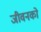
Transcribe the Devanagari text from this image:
जीवनको